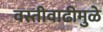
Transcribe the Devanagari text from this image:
वस्तीवाढीमुळे